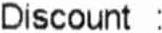
DISCOUNT :